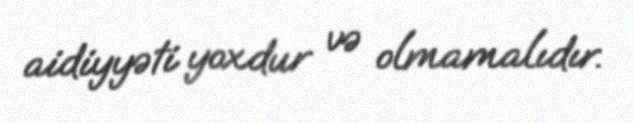
aidiyyəti yoxdur və olmamalıdır.